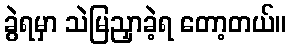
ခွဲရမှာ သဲမြညှာခဲ့ရ တော့တယ်။